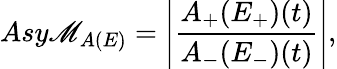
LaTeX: Asy\mathscr{M}_{A(E)}=\left|\frac{{A_{+}(E_{+})(t)}}{{A_{-}(E_{-})(t)}}\right|,